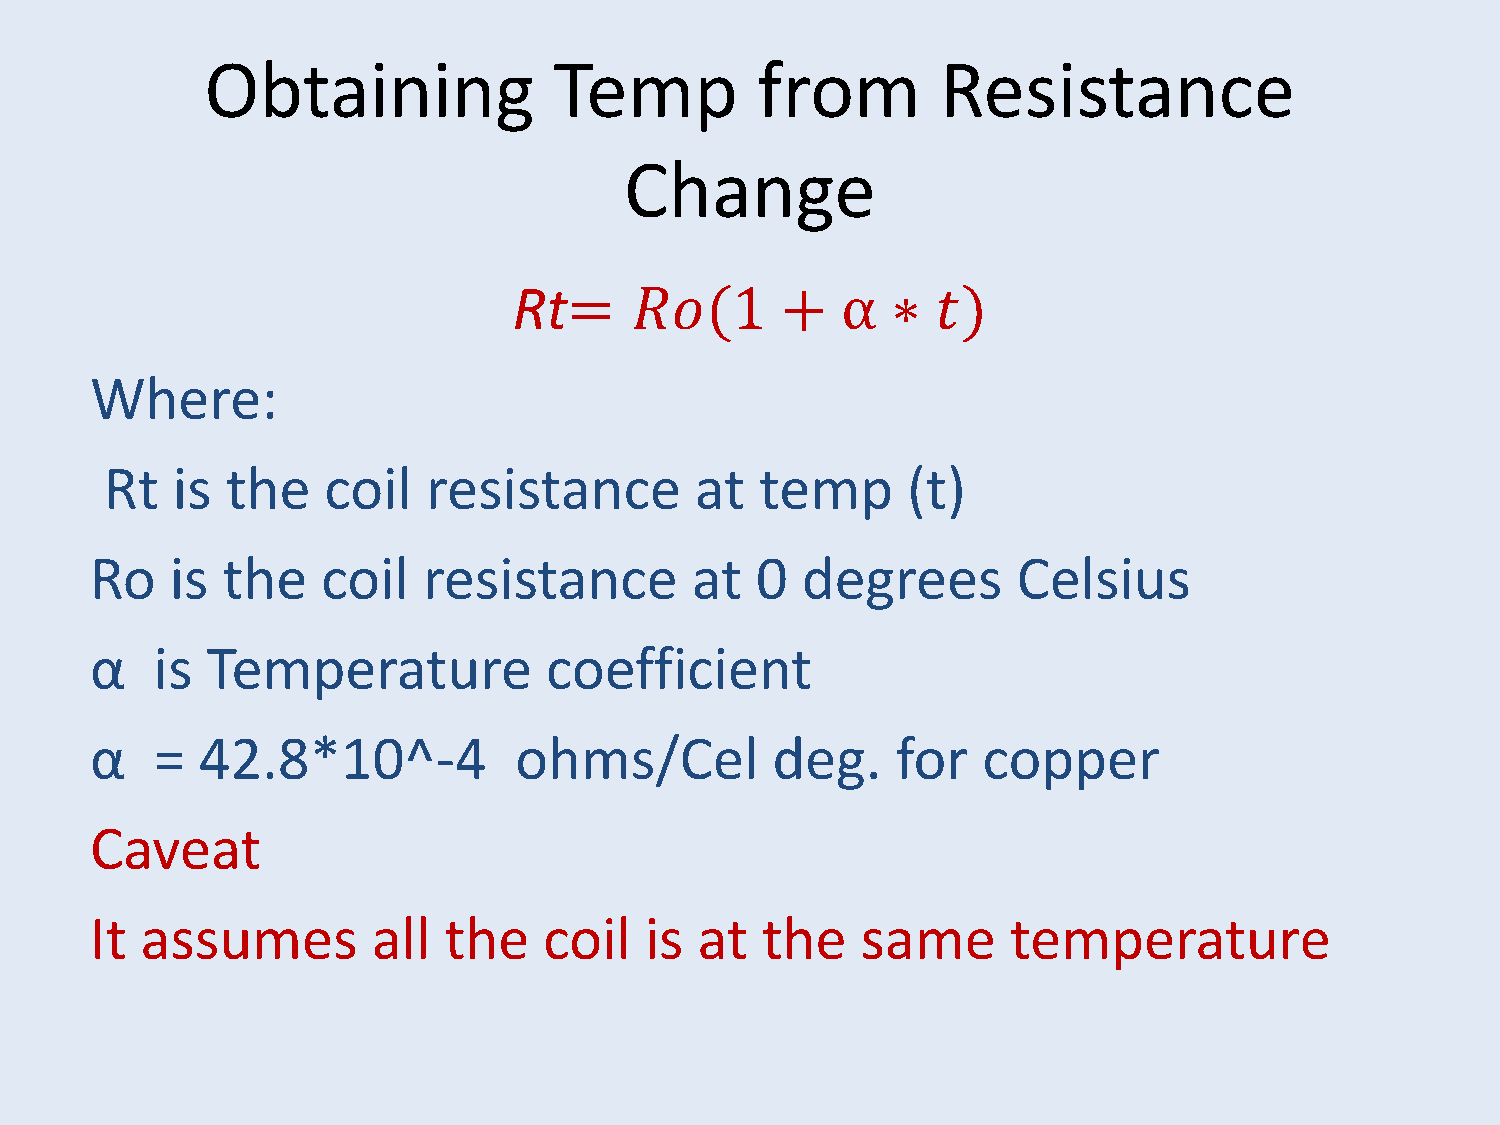
Obtaining              Temp         from        Resistance
 Change
 Rt=     𝑅𝑜(1      +   α  ∗  𝑡)
 Where:
 Rt  is  the   coil   resistance        at  temp      (t)
 Ro   is  the   coil   resistance        at  0  degrees       Celsius
 α   is  Temperature           coefficient
 α   =  42.8*10^-4           ohms/Cel         deg.    for   copper
 Caveat
 It assumes         all the    coil   is at  the    same      temperature